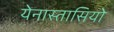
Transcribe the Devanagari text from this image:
येनास्तासियो